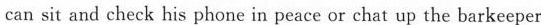
can sit and check his phone in peace or chat up the barkeeper